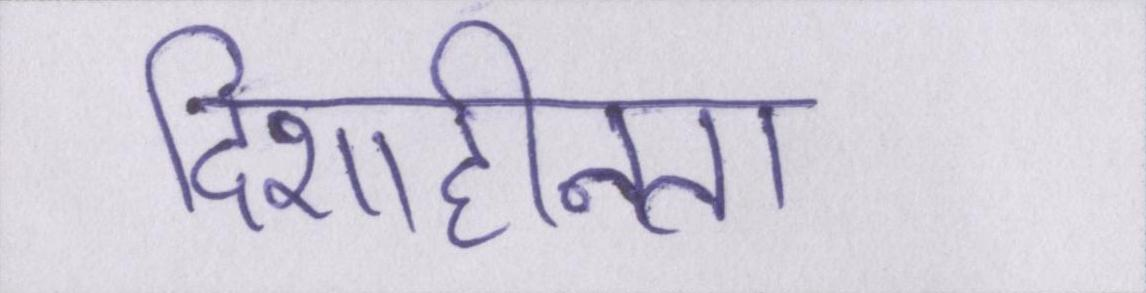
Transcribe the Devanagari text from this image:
दिशाहीनता